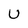
Character: U